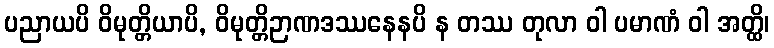
ပညာယပိ ဝိမုတ္တိယာပိ, ဝိမုတ္တိဉာဏဒဿနေနပိ န တဿ တုလာ ဝါ ပမာဏံ ဝါ အတ္ထိ၊